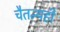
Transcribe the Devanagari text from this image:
चैतन्यही